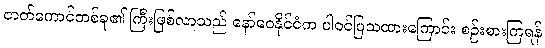
ဇာတ်ကောင်တစ်ခု၏ ကြီးဖြစ်လာသည် နော်ဝေနိုင်ငံက ပါဝင်ပြသထားကြောင်း စဉ်းစားကြရန်